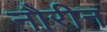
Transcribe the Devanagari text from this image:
नौरीन